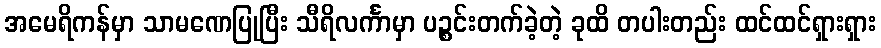
အမေရိကန်မှာ သာမဏေပြုပြီး သီရိလင်္ကာမှာ ပဉ္စင်းတက်ခဲ့တဲ့ ခုထိ တပါးတည်း ထင်ထင်ရှားရှား